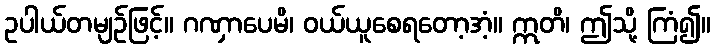
ဥပါယ်တမျဉ်ဖြင့်။ ဂဏှာပေမိ၊ ဝယ်ယူစေရတော့အံ့။ ဣတိ၊ ဤသို့ ကြံ၍။